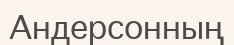
Андерсонның